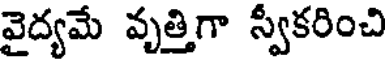
వైద్యమే వృత్తిగా స్వీకరించి